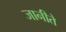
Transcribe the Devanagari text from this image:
जानीते